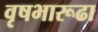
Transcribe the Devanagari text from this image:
वृषभारूढा